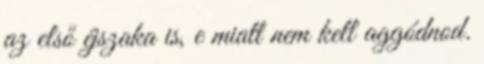
az első éjszaka is, e miatt nem kell aggódnod.